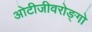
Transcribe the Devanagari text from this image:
ओटीजीवरोङ्गो